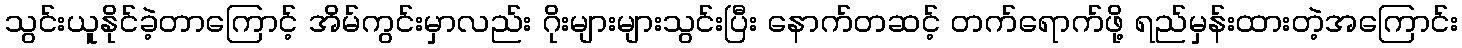
သွင်းယူနိုင်ခဲ့တာကြောင့် အိမ်ကွင်းမှာလည်း ဂိုးများများသွင်းပြီး နောက်တဆင့် တက်ရောက်ဖို့ ရည်မှန်းထားတဲ့အကြောင်း